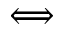
\Longleftrightarrow